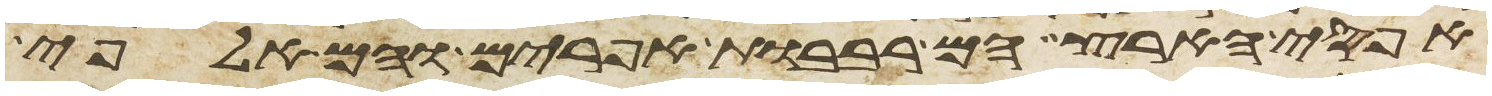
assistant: אפסי הארץ הם רבבות אפרים והם אלפי